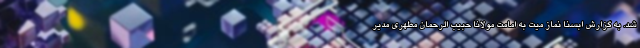
شد. به گزارش ابسنا نماز میت به امامت مولانا حبیب الرحمان مطهری مدیر